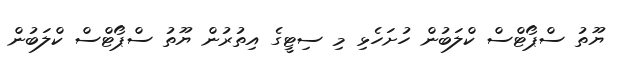
ޔޫތު ސްޕޯޓްސް ކްލަބުން ހުށަހެޅި މި ސިޓީގެ އިތުރުން ޔޫތު ސްޕޯޓްސް ކްލަބުން